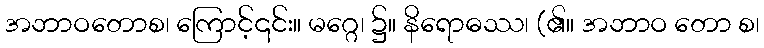
အဘာဝတောစ၊ ကြောင့်၎င်း။ မဂ္ဂေ၊ ၌။ နိရောဓဿ၊ (၏။ အဘာဝ တော စ၊